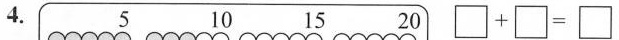
4. 5 10 15 20 $$\Box + \Box = \Box$$